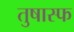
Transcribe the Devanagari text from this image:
तुषास्फ